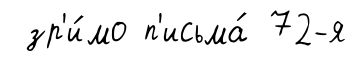
зр'и́мо п'исьма́ 72-я